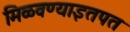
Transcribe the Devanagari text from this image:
मिळवण्याइतपत